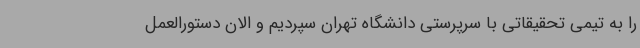
را به تیمی تحقیقاتی با سرپرستی دانشگاه تهران سپردیم و الان دستورالعمل